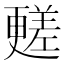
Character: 𣍏